Report on vaccination proceedings throughout the Government of Bengal -
Year: 1868
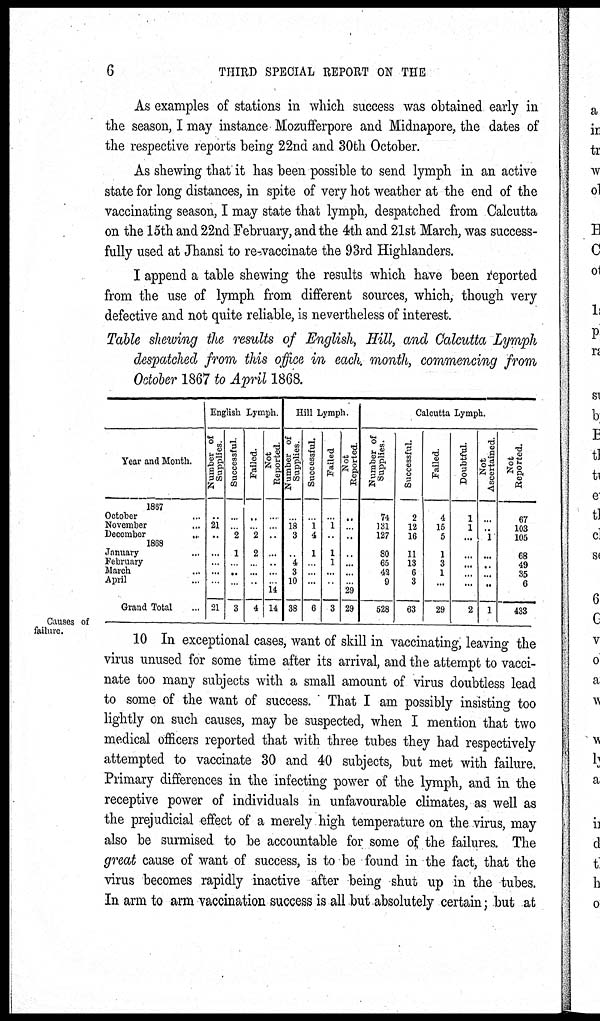
6
THIRD SPECIAL REPORT ON THE
As examples of stations in which success was obtained early in
the season, I may instance Mozufferpore and Midnapore, the dates of
the respective reports being 22nd and 30th October.
As shewing that it has been possible to send lymph in an active
state for long distances, in spite of very hot weather at the end of the
vaccinating season, I may state that lymph, despatched from Calcutta
on the 15th and 22nd February, and the 4th and 21st March, was success-
fully used at Jhansi to re-vaccinate the 93rd Highlanders.
I append a table shewing the results which have been reported
from the use of lymph from different sources, which, though very
defective and not quite reliable, is nevertheless of interest.
Table shewing the results of English, Hill, and Calcutta Lymph
despatched from this office in each month, commencing from
October 1867 to April 1868.
Year and Month.
1867
October ...
November ...
December
...
1868
January ...
February ...
March ...
April ...
Grand Total ...
English Lymph
Number of
Supplies
...
21
...
...
...
...
...
21
Successful
...
...
2
1
...
...
...
3
Failed.
...
...
2
2
...
...
...
4
Not
Reported
...
...
...
...
...
...
...
14
14
Hill Lymph.
Number of
Supplies
...
18
3
...
4
3
10
38
Successful.
...
1
4
1
...
...
...
6
Failed
...
1
...
1
1
...
...
3
Not
Reported
...
...
...
...
...
...
...
29
29
Calcutta Lymph.
Number of
Supplies.
74
131
127
80
65
43
9
528
Successful.
2
12
16
11
13
6
3
63
Failed.
4
15
5
1
3
1
...
29
Doubtful
1
1
...
...
...
...
...
2
Not
Ascertained
...
...
1
...
...
...
...
1
Not
Reported.
67
103
105
68
49
35
6
433
Causes of
failure.
10 In exceptional cases, want of skill in vaccinating, leaving the
virus unused for some time after its arrival, and the attempt to vacci-
nate too many subjects with a small amount of virus doubtless lead
to some of the want of success. That I am possibly insisting too
lightly on such causes, may be suspected, when I mention that two
medical officers reported that with three tubes they had respectively
attempted to vaccinate 30 and 40 subjects, but met with failure.
Primary differences in the infecting power of the lymph, and in the
receptive power of individuals in unfavourable climates, as well as
the prejudicial effect of a merely high temperature on the virus, may
also be surmised to be accountable for some of the failures. The
great cause of want of success, is to be found in the fact, that the
virus becomes rapidly inactive after being shut up in the tubes.
In arm to arm vaccination success is all but absolutely certain; but at